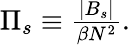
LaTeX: \begin{array}{r}{\Pi_{s}\equiv\frac{|B_{s}|}{\beta N^{2}}.}\end{array}